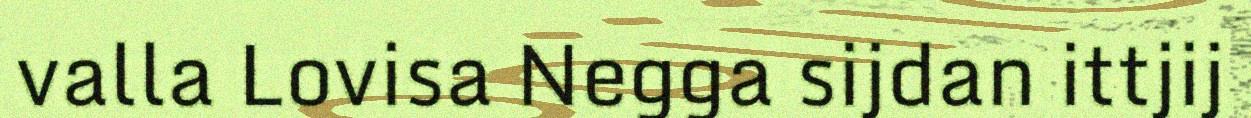
valla Lovisa Negga sijdan ittjij